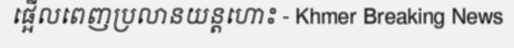
ផ្អើលពេញប្រលានយន្តហោះ - Khmer Breaking News